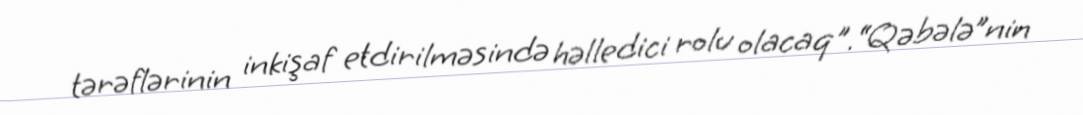
tərəflərinin inkişaf etdirilməsində həlledici rolu olacaq".“Qəbələ”nin